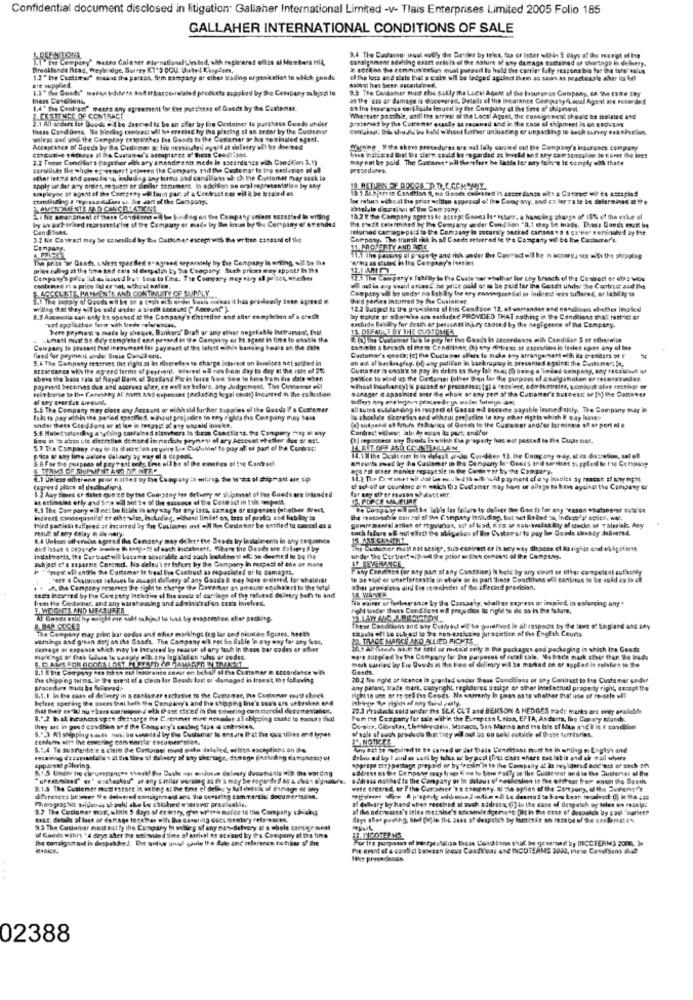
Confidential document disclosed in litigation: Gallaher International Limited -v- Tlais Enterprises Limited 2005 Folio 185
GALLAHER INTERNATIONAL CONDITIONS OF SALE
1.1" Is Company" metra Caleser elernational Lin bad, whh repiseret ellos al Harbers HI4,
cassignment serhsing exact dets is of the nature
9.4 The Cavlaings wust antly the Carrier by toles, fax or Ister within 5 days of dos receipt of Ine
damage Backained of shortsgs io deitt ?.
Breakfasde Brad, Weybridge, Surrey KT'3 DQU. U.the + Kardyna.
1.2 " br Customer" maant the parsan, fim company or other trading organisation to which gonds
til the loss and stele that a cale wil be lodged
en as soon as practicazle altar da ke
ere supplied.
products applied by Se Company object to
9.5 The Costdamer must che pullly the Leest Agent of the Insurance Company, 6h the 386 thy
saleal has been accerta'und.
as the 'es or damage is @ooowered. Delails of the iscarance Company fenil Agent are teterdes
1,4" the Contract weers any agreement for Ias purchase of Goods by the Cusinner.
2.1 All asders Ist Goods wil be deemed is be an sffor by the Customer to purchase Goods utvider
2.EX STENCE OF CONTRACT
Whereser poschie, atill the arrival of the Loca! Ageet, the consignment should Be isolated and
areseries by the Cutrener ecuddly at racshad und in the cats el chipment in on anousos
Inass Cordaons, No binding contract wil ho ereasas hy Ihs pissing el an order by the Customer
comasour. Das shudNue bold without fattar unlossing er unpackisp 10 aoch turvey nasinizion.
valeas and und the Comptay cespatches Ist Goods to the Carlenar or kis sorinsted ogsal.
Acceptance of Saeds by the Oulemer a: ha nenndru øyalt at detvery wil be deemed
Wagnine , Wthe above procedures ere ast laly sansled out the Company's insurance stepany
2.2 Tness Concitat's pagether with ary amendments mede in ascendente with Condtion S.1)
bang indica: od thal thr claim could be regarded as Invald and ary cam atanalon te cones the Mods
may not be paid. The Cursorstrill thereleen be Fatta los any falle'e le comply with thate
eprofiluks the whole ogreemer! unteren the Company and the Customer is tro easiation of of
procedures.
other let.ma and onosless, including any terms and conditions ul ch the Ciottomer mar seek lo
apply ue der any ordles, request or similar fecument, In adcision se oral negreteMetles by any
uplyse or opent of the Cocpray ut lou pur, st a Contract nor wil i be treated as
10.1 SAbites in Candtion S, no Oodes celiared Is accor danse uft a Course we be Lecspiss
lor return without the prior written approval of the Company, and co ler Ts to be determined af fe
er made by The ine by the Company of af en
og on the Company sniest somssted in wrisog
the c'est celermined by Pho Company @ der Con( son "D, 1 may be made, Thess Goods oufl be
10.2 ffThe Company agress le accept Goods Is. esturr. a hanciing phase of 15% of the vike of
returned carriagepaid to the Company In securely sacked cartas +' & x'tier remingled ay te
3.2 Wie Cowract may be ctsenlled by &h. Catomer estegn with the written essesnl el the
Company. The transit ihk in af Coeds eeterred le ffe Company wil be the Cacherer's
Conpant-
11. PROPERTY ANDESTE
The price for Gosh, solers speedled e" agreed separmely by the Company In writing, sit be the
11.1 The passing al property and risk under the Contract wil be n accordance with the shipping
wha as gtand in the Corpony's isetins
prios noleg at the time and cats ai datpalih By he Coogtry. Such prices mey appet? h hs
Company's pros il as istut's frey Sone to I'me. The Company may vary al pricot, wheller
1.21 The Company's FabiBy Is the Custe per whether lor try branch of the Centert or etp: wios
containss in a price lidl er hat, uchoat notice.
.&CCELITE, PAYMENTS AND CONTINUITY CE SUPPLY
will udis ery vealil estest he pritt pall or mo be puis fer the Goodt undwy he Cantrust and the
Company val be uedyr no Esbilty for ary enssnguendal or intrest less sufleret, or labilly ts
Thed parses intarred by The Cusinteg.
12.2 Subject is the provisions of this Condition 12. of warrandas end en chicos al-efter inoled
8,2 Ascovols can only hs opavec at the Company's discretion and aller encompleinn of a erech
ay tahte or storks ans ecchidne PROVIDED THAT nothing in the Conditions that restrict er
upl appliction form with trade releresosd.
Here prymas o mate ly sheque, Bankers" Drati or any other negotiable Istturven' Evil
machide Sabaly for death or personal injury caased by the negligence of the Comptey.
13. OFFAL T BY THE CUSTOMER
.Last matt be dry completed and passedat the Company er ht agent is fins to enable the
E (The customer Ius to pay let inn Goods in secerdanse oids Condisar S er etherelse
Company to present Evat instrument let payment of the lalett =Whis banking bedre ch the cele
sommin a breach el mese Cenddisar; (h) any difress at escovfios is lavet upon any ol Ins
fand for paymit under Siste Candil ont.
5.4 The Company reserves the right at as risereilen to charge interest on invoices not settled in
Customer's costi [c] la Customer sflere lo make any arrangement with its premises of e
ah as of barkagdy, (og any pdliten in bankruptcy is presented againt; the Customer; It,
BEzoeGas ce with the agreed terms of payfight, wietest nd run from day to day at the rate of 2%
Custo Ter is unable se pay às debis na they lab exe; (h) being a fimdes company, thy rata wech of
above the base rate of Royal Bank of Scotland Pie in force from. See te Bes from the dals when
pastice to wind up the Casteret (ster Dan for the purpose of asalganaken er retowereslet
parisit becomes dun and aserves ofier, es mol as kela/s, any Judgement. Tive Customer Fcl
sein tarse to the Enbanany al entet and expenses fachating leghi costs] Incurred in the es Blodtien
schuiger saspainind over the whole orany port of the Customer's buseess or (N) the Domever
.Theat Indshangy) is passed or prasteina; (g) a receiver, oder h series, geminisl'abat rectigt or
of may overdun amount.
5.5 The Company may close any Account or wibald lurhor supplies of the Gouda ?' a Customer
Allsums sulilanding in respect of Ganas m& become payable Immediately. The Company may in
hals to pay within the period specified wheut prejudice to ray rights the Company may bars
lu choskde skoresan and without prejudice to try other rights which & may have>
(a) auf ... . Apure del.prins of Gases to the Curemer and/or Borminne of or port el @
under thets Ceeddans or at lon in thepast of any ungeid inaske.
S.6 Metwithstanding anything contained olanwhere Is theze Conctiest. he Company nay si My
Contract willcur; labi bly opon Its part, and/ or
hing n > 4bio (ie cineretlen densedit nedsto prymesi of ary Account of other due or art.
(b) sepossess any Bouds is which Ka property has ou pestad la the Duult sief.
5.7 The Company ray in its dscwios inguiry the Cuculiin' to pay af et part of the Contrast
LA BUT. OFF AND COUNTINGLAM
TERMS OF SHIPMENT AND DT NER"
aparat oser mones repays sie in the Conto ret by the Compary.
11.2 The Da Hanet all pal tos egaled th oll fuld payment of ery issoist ay raten st sayoght
1.2 Any Siones or diales que:te by the Company for detvery af sojamset of the Goods are intended
of sol off of counkorc ain which the Customer may bare or allege to have ayting the Campany er
at ettimulat ofly and Smin til sot te of the ossose of the Contact in tile mpest.
12. PORCE MAJEURE
6.3 The Son pany wil eet be libre in any way for any late, samaçe or mapenses (whether Sreck.
mirett consequsalial er eths vite, including, without linilet on, loss of proto and Fiableyts
third partisti tullpod at incarred by the Cusine mot -M Ihre Cestower be entitled to cancel as a
gomoly mandal attiet or Ityuleson, sof of lad, His or non-kallat Bay of stocks. or Taleriale, hay
6.4 Unions otherwise agreed the Constar may deher the Bends by lavale ents in any tequnner
reuze of ary dalay a os mary
The Clihoher mish not sesige, sus essirett er is ney wty diesess et iu rights and eligetiens
Subject of a saparsie Ceremd. No deltu'l er tofurs by the Company in mupast of the or more
instal-marit, the Cortiactwill Lacame sexcrable and coch irskilmesi of se duemeil le be the
under the Curtree">(Allthe prior active content of the Comptry.
"new all entyle the Curlomer to treat I've Contract as ropaplated or lo damagas.
any Condition (or any part of any Contaion) Is held by any court of olhos compolsat sufihoney
. tere a Chaluings saluons la accept deflery of any Goat's E may have ordered, for shalever
te as sajd er wheelersestle in whole or in part these Conditions will continue to be wald as to al
De Company reserves the right to change the Greener as amouse efullest is the total
she grow t'eso dild Sie scorchdet of the affected precision.
cess intered by the Corpsey Inekcine ol the cost of carriage of the refund delivery both te and
frem the Customer, and any warshousing and administral'on car's involves.
No waiver or forbearance by the Conaaig, shelter express or impied, in enforcing any +
1. WEIGHTS AND MEASURES
righ under thets Cond loss of prayu taze to right to do so in the future.
Al Goscr onic hy wrigidein salt sahiped to hss by esasomnien sher packing.
& BAR CODES
The Company may print bar ondos and cher markings itg las and picotee Sigures, hosts
tipobe =FI te sub as to @e non-eagles wo jurassictice of the Enelith Courts
These Conditions and any Cuffed og Se gurdhiet is al respecis by the loss of Ling and ans any
TRADE MARKS AND ALLIED RICHTE
Semage or capense which may be innred by season of ary fach in theos bar codes or other
lines, wie he ttid of restid cely a the packages and packaging in which Ino Goods
husk carried by Eis Queds at the line of dolimey will be marked on or soples is relation to 24
9.1 H the Company hes tokon sul latitante contr on behalf of Ere Customer in accordance with
Gesds.
the shipping terms. in The event of a claim los Boods lost or damaged in transit the following
20.2 Ne right ar licence is granted under Seus Conchions of any Contract to Ite Customer under
Proceder mutt be folowed?
S.1. 1 In the cost of deferry in a carkamer exclusive to the Cantores, The Customer pust check
any parane wade mark, copyright registeres casige or other Intefactuel pragerty right, coospl the
belere agering the seces that both the Campt
nd the shopeg line's son's ers uotraken Med
right to use or re-sell tus Geoss. No strenty Is ghan as to whether that use or re-sale uit
But their ss Wul nu elers correspond with Dase cir'ed in the towering con torciel documevianer.
22.2 Pradacie cold under the SLK CL'T and BENSON & HEDGES trade marks ert only available
For the Company for sale within the Europeen
tion, EFTA, Andorra, Iho Coraty tolands.
Maple of such products that taty il mol S
Domsite, Obrathr, LlesMerciche, Maraca, 514
deutilice of those territories.
2 NOTICES
6.1.4 Te sustentit's a claim De Castames
atn delpled, orhon exceptions on Ile
Try 221 te noquired se to sanvad ur der
Jant nud be in wniing s English and
any shersage, datrege (atheding canineto) of
1Et chers tet labis and al tall where
apparent pilering.
.idoras delivery doconstia win the wordng
soprapr ats) postage prepaid or byfreu
Ely to the Customer and to the Justerer si Bhwe
"ursoamint" un' ischecked" at any E'milar wording as It's may be regarded as & aleas signature.
address mathledto the Company or In slet
Bien is me address from wnich the Sortit
9.1.5 The Custener musestore le orting at the fire el delle y fut dettik of einige er any
were treere, or Fthe Curseer 98 C
Photographic svidunas of ould ake Le choked wirews pras calls.
dil'eterces be smer Ite delused concighmand ant Sie comsrlsg commercial Socuner talisn.
al delvary by hand whos recebed at much
9.7 The Cotlomer mar, while 5 days o et wry, gwe wr'ta notice to the Company sdiains
af the aderesste's ities muthise's a
B (() in the case of despatch soy loles en rose (pi
"toutin the case of dospalch by posl "ouriet?
13 The Customer must nict ly the Company In willey of any ne"-Sehvery al a whole creticement
the con pigna auf is despatched. The tolive gnad gaule the date and reference to biber ' Ene
of Goods wthis *4 deye aher the moinslod time of arrival as straod by the Company at the time
For the purposes of icfprofilin these Condsons shal he grassed by INCCTERMS 2000, In
The crant st a conti ci belesen loess Caadt'as and INCOTERMS 2000, these CondSans slet
02388